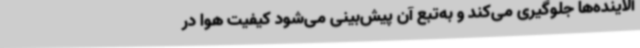
آلاینده‌ها جلوگیری می‌کند و به‌تبع آن پیش‌بینی می‌شود کیفیت هوا در